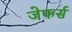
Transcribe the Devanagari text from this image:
जेफर्स